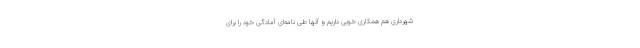
شهرداری هم همکاری خوبی داریم و آنها طی نامه‌ای آمادگی خود را برای